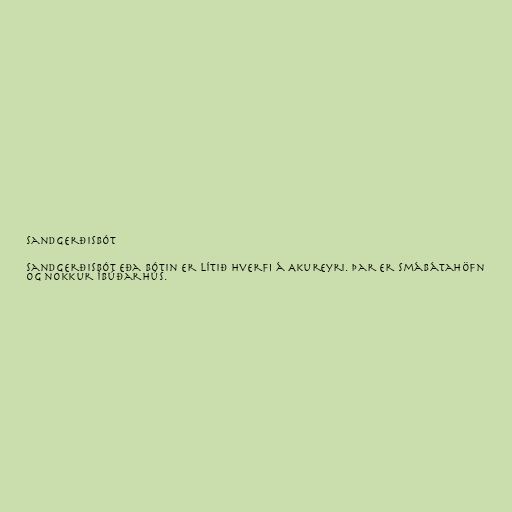
Sandgerðisbót

Sandgerðisbót eða Bótin er lítið hverfi á Akureyri. Þar er smábátahöfn
og nokkur íbúðarhús.